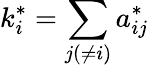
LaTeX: k_{i}^{*}=\sum_{j(\neq i)}a_{ij}^{*}